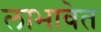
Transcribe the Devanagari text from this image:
लाभावेत